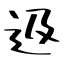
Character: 﨤